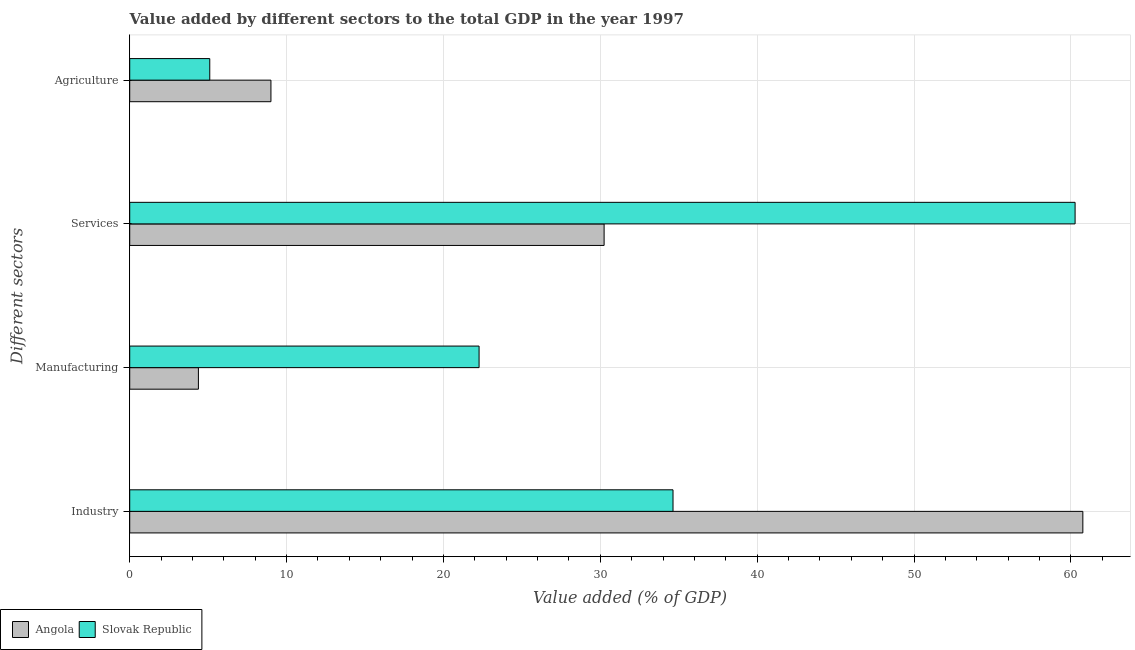
| Different sectors | Angola | Slovak Republic |
 | --- | --- | --- |
 | Industry | 60.8 | 34.6 |
 | Manufacturing | 4.38 | 22.3 |
 | Services | 30.2 | 60.3 |
 | Agriculture | 9 | 5.1 |